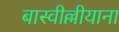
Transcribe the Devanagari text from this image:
बास्वील्लीयाना